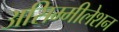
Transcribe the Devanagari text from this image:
असिम्मीलेशन